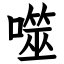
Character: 噬